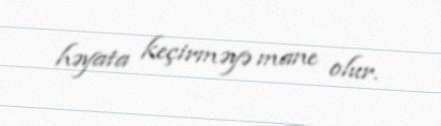
həyata keçirməyə mane olur.